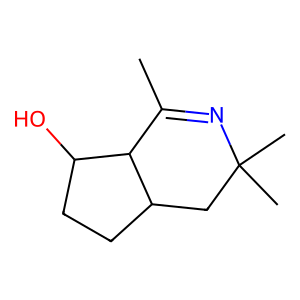
SMILES: CC1=NC(C)(C)CC2CCC(O)C12
Inhibits HIV replication: No